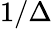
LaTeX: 1/\Delta